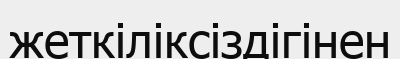
жеткіліксіздігінен